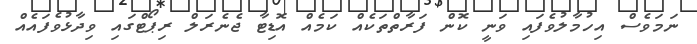
ނަމަވެސް އިހުމާލުވެފައި ވަނީ ކޮން ފަރާތްތަކެއް ކަމެއް އޮޑިޓާ ޖެނެރަލް ރިޕޯޓްގައި ވިދާޅުވެފައެއް